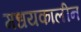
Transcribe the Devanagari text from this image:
मधयकालीन